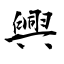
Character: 興